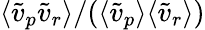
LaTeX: \langle\tilde{v}_{p}\tilde{v}_{r}\rangle/(\langle\tilde{v}_{p}\rangle\langle\tilde{v}_{r}\rangle)